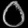
Digit: ၀